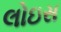
લોઇસ